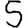
Digit: 5